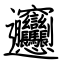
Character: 𰻞